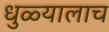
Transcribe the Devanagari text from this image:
धुळ्यालाच